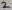
Text: 2